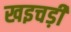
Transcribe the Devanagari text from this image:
खइचड़ी